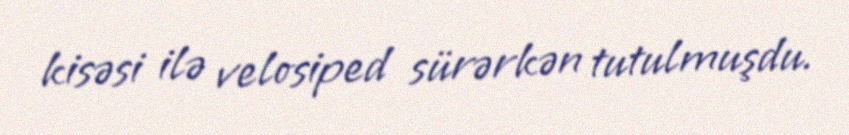
kisəsi ilə velosiped sürərkən tutulmuşdu.